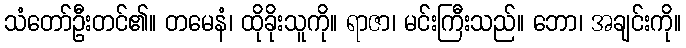
သံတော်ဦးတင်၏။ တမေနံ၊ ထိုခိုးသူကို။ ရာဇာ၊ မင်းကြီးသည်။ ဘော၊ အချင်းကို။